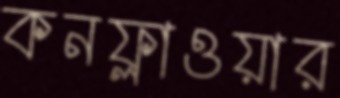
কনফ্লাওয়ার